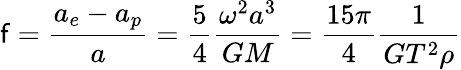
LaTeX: \mathsf{f}={\frac{{a_{e}-a_{p}}}{{a}}}={\frac{{5}}{{4}}}{\frac{{\omega^{2}a^{3}}}{{GM}}}={\frac{{15\pi}}{{4}}}{\frac{{1}}{{GT^{2}\rho}}}